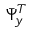
\bar { \Psi } _ { y } ^ { T }